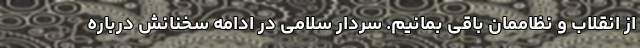
از انقلاب و نظاممان باقی بمانیم. سردار سلامی در ادامه سخنانش درباره